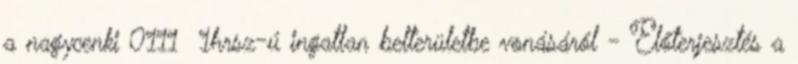
a nagycenki 0111 1hrsz-ú ingatlan belterületbe vonásáról - Előterjesztés a